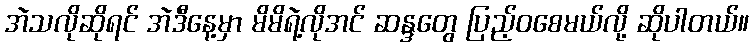
အဲသလိုဆိုရင် အဲဒီနေ့မှာ မိမိရဲ့လိုအင် ဆန္ဒတွေ ပြည့်ဝစေမယ်လို့ ဆိုပါတယ်။